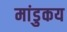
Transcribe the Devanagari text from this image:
मांडुकय